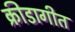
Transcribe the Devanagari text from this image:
क्रीडागीत